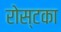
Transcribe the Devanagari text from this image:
रोस्टका